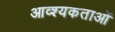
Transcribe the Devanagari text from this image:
आव्श्यकताओं